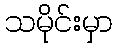
သမိုင်းမှာ